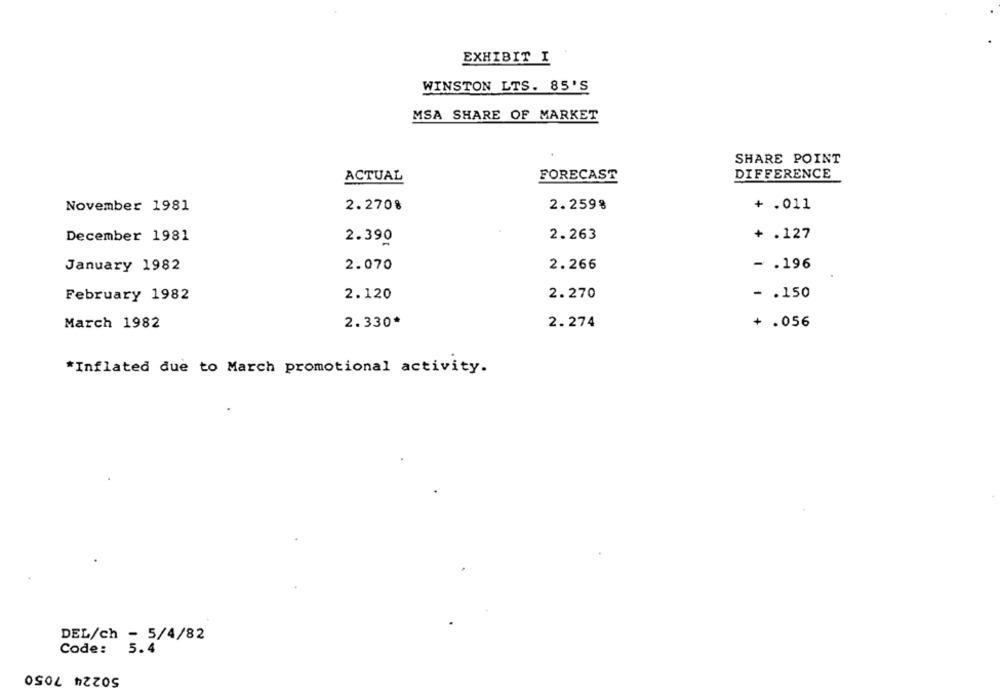
EXHIBIT I
WINSTON LTS. 85'S
MSA SHARE OF MARKET
SHARE POINT
ACTUAL
FORECAST
DIFFERENCE
2.270%
2.259%
+ .011
November 1981
2.263
+ .127
December 1981
2.390
January 1982
2.070
2.266
- . 196
February 1982
2.120
2.270
- . 150
March 1982
2.330*
2. 274
+ .056
*Inflated due to March promotional activity.
DEL/ch - 5/4/82
Code: 5.4